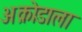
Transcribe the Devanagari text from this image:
अक्रोडाला